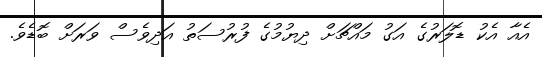
އެއާ އެކު ޑޮލަރުގެ އަގު މައްޗަށް ދިޔުމުގެ ފުރުސަތު އަދިވެސް ވަރަށް ބޮޑެވެ.